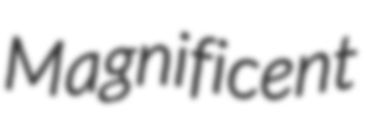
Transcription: Magnificent